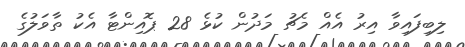
ލިބިފައިވާ އިރު އެއް މެޗު މަދުން ކުޅެ 28 ޕޮއިންޓާ އެކު ތާވަލުގެ